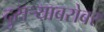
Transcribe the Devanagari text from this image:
दुसर्‍याबरोबर